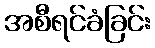
အစီရင်ခံခြင်း